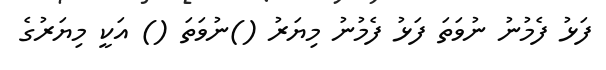
ފަޅު ފެމުނު ނުވަތަ ފަޅު ފެމުނު މިޔަރު ()ނުވަތަ () އަކީ މިޔަރުގެ